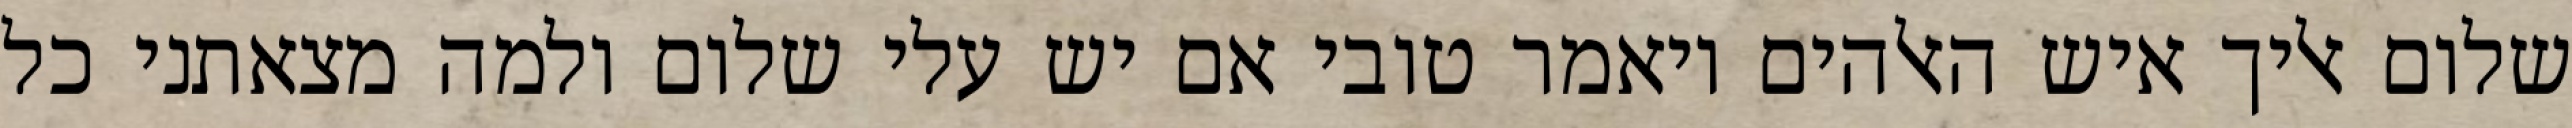
שלום אליך איש האלהים ויאמר טובי אם יש עלי שלום ולמה מצאתני כל